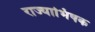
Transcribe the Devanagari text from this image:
राज्याभिषक